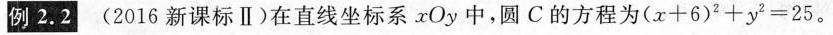
例2.2(2016新课标Ⅱ)在直线坐标系xOy中，圆C的方程为$$( x + 6 ) ^ { 2 } + y ^ { 2 } = 2 5$$。